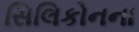
સિલિકોનના